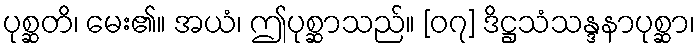
ပုစ္ဆတိ၊ မေး၏။ အယံ၊ ဤပုစ္ဆာသည်။ [၀၇] ဒိဋ္ဌသံသန္ဒနာပုစ္ဆာ၊